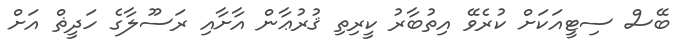
ބޭސް ސިޓީއަކަށް ކުރެވޭ އިތުބާރު ކީރިތި ޤުރުޢާން އާށާއި ރަސޫލާގެ ހަދީޡް އަށް